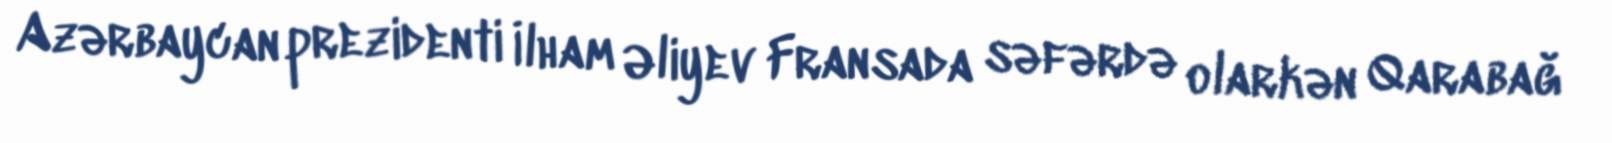
Azərbaycan prezidenti İlham Əliyev Fransada səfərdə olarkən Qarabağ